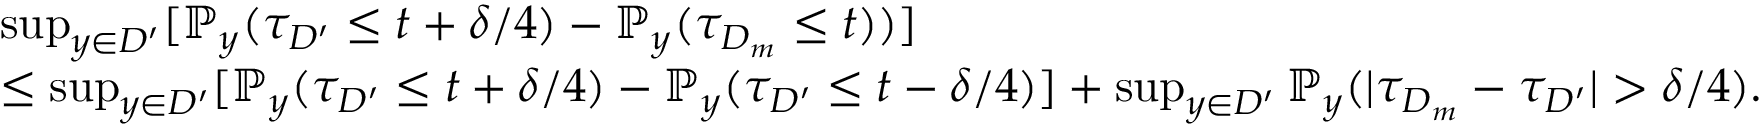
\begin{array} { r l } & { \operatorname* { s u p } _ { y \in D ^ { \prime } } [ \mathbb { P } _ { y } ( \tau _ { D ^ { \prime } } \le t + \delta / 4 ) - \mathbb { P } _ { y } ( \tau _ { D _ { m } } \le t ) ) ] } \\ & { \le \operatorname* { s u p } _ { y \in D ^ { \prime } } [ \mathbb { P } _ { y } ( \tau _ { D ^ { \prime } } \le t + \delta / 4 ) - \mathbb { P } _ { y } ( \tau _ { D ^ { \prime } } \le t - \delta / 4 ) ] + \operatorname* { s u p } _ { y \in D ^ { \prime } } \mathbb { P } _ { y } ( | \tau _ { D _ { m } } - \tau _ { D ^ { \prime } } | > \delta / 4 ) . } \end{array}